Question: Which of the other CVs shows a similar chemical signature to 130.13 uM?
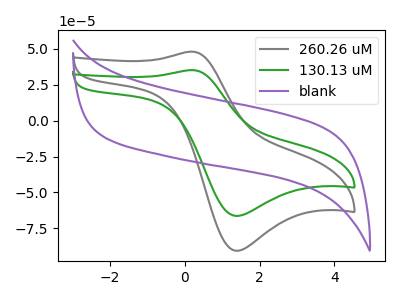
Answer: <think>The gray curve "260.26 uM" has an anodic peak at (0.20V, 48.05uA) and a cathodic peak at (1.35V, -90.55uA). The green curve "130.13 uM" has an anodic peak at (0.20V, 35.15uA) and a cathodic peak at (1.35V, -66.30uA). The purple curve "blank" has no peaks.
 All the peaks in "260.26 uM" have a peak in "130.13 uM" at the same potential. Every peak in "260.26 uM" is higher than every peak in "130.13 uM". "260.26 uM" and "blank" have a different number of peaks. "130.13 uM" and "blank" have a different number of peaks.</think>
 <answer>The CV with the most similar shape to "260.26 uM" is "130.13 uM".</answer>
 <eval>"130.13 uM"</eval>